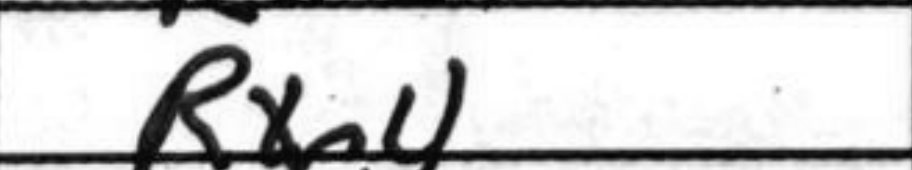
Transcription: Rxe4